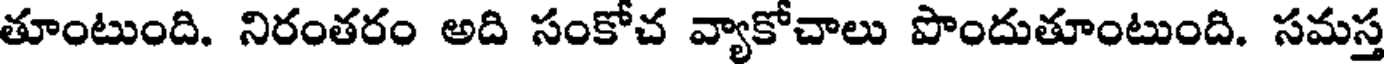
తూంటుంది. నిరంతరం అది సంకోచ వ్యాకోచాలు పొందుతూంటుంది. సమస్త